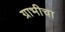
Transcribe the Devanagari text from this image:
ग्राभीचा